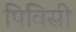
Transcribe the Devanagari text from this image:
पिविसी